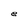
Character: e